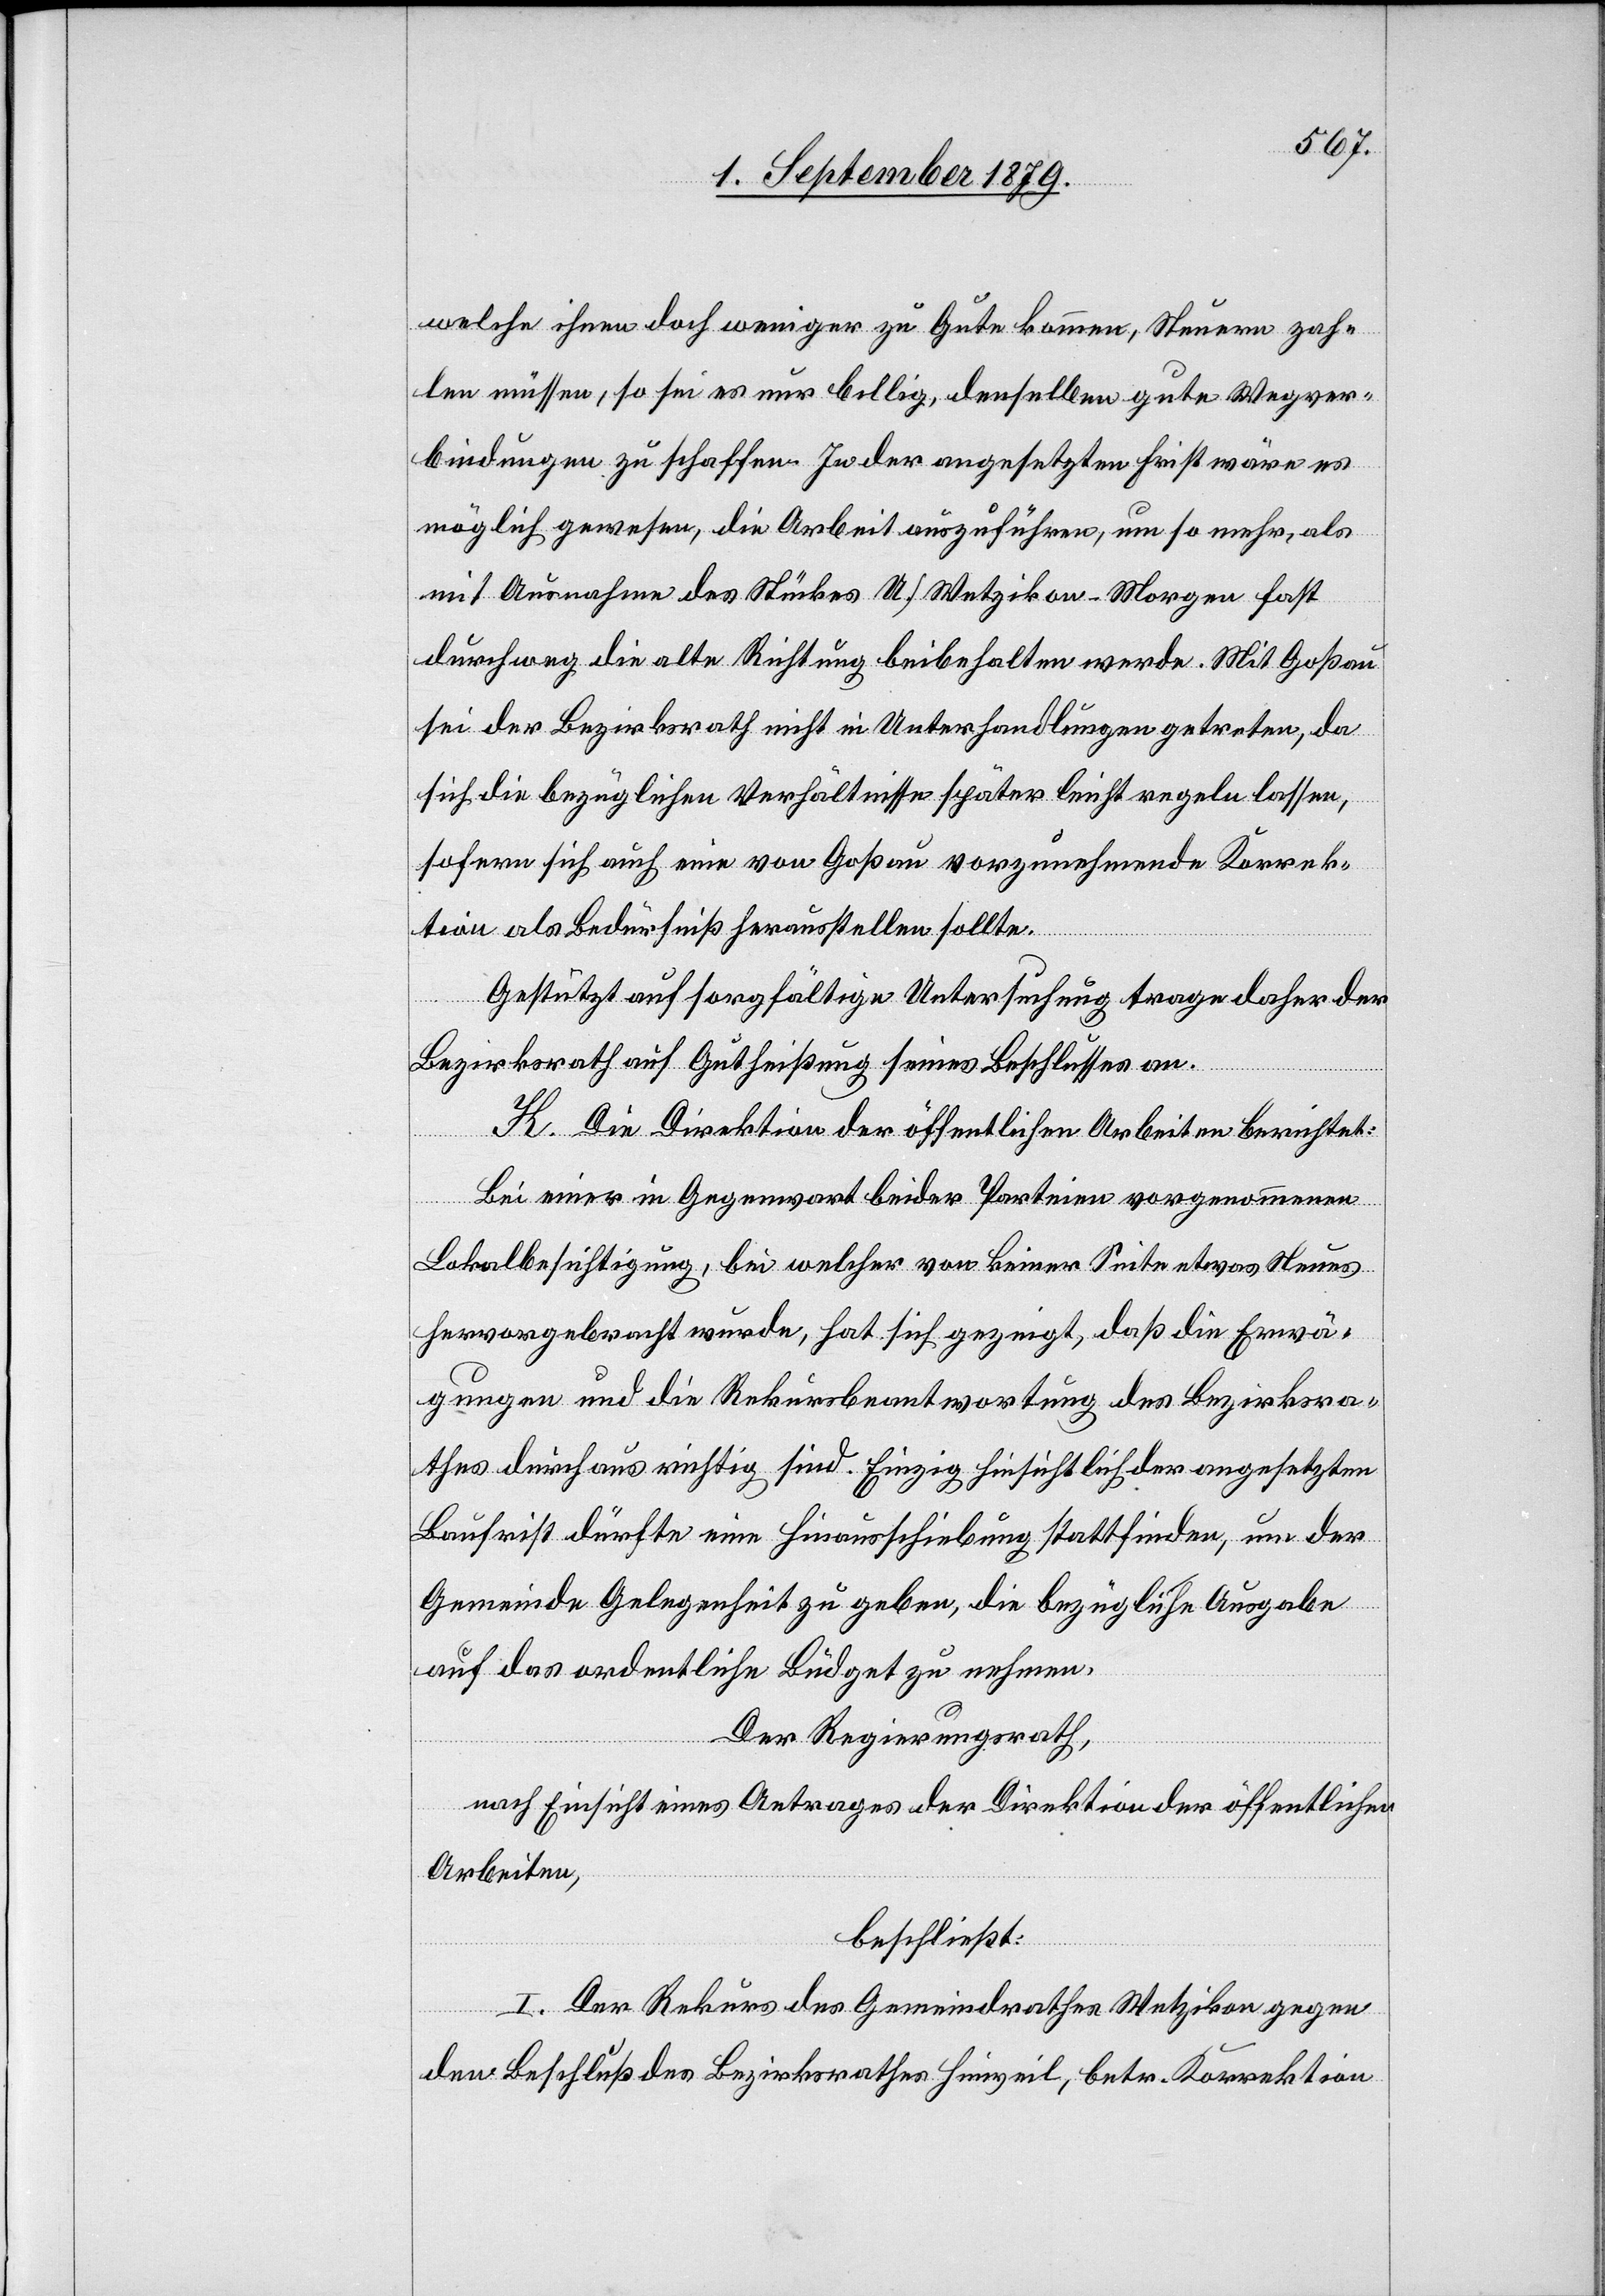
welche ihnen doch weniger zu Gute kommen, Steuern zah¬
len müssen, so sei es nur billig, denselben gute Wegver¬
bindungen zu schaffen. In der angesetzten Frist wäre es
möglich gewesen, die Arbeit auszuführen, um so mehr, als
mit Ausnahme des Stückes U./Wetzikon–Morgen fast
durchweg die alte Richtung beibehalten werde. Mit Goßau
sei der Bezirksrath nicht in Unterhandlungen getreten, da
sich die bezüglichen Verhältnisse später leicht regeln lassen,
sofern sich auch eine von Goßau vorzunehmende Korrek¬
tion als Bedürfniß herausstellen sollte.
Gestützt auf sorgfältige Untersuchung trage daher der
Bezirksrath auf Gutheißung seines Beschlusses an.
K. Die Direktion der öffentlichen Arbeiten berichtet:
Bei einer in Gegenwart beider Parteien vorgenommenen
Lokalbesichtigung, bei welcher von keiner Seite etwas Neues
hervorgebracht wurde, hat sich gezeigt, daß die Erwä¬
gungen und die Rekursbeantwortung des Bezirksra¬
thes durchaus richtig sind. Einzig hinsichtlich der angesetzten
Baufrist dürfte eine Hinausschiebung stattfinden, um der
Gemeinde Gelegenheit zu geben, die bezügliche Ausgabe
auf das ordentliche Büdget zu nehmen.
Der Regierungsrath,
nach Einsicht eines Antrages der Direktion der öffentlichen
Arbeiten,
beschließt:
I. Der Rekurs des Gemeindrathes Wetzikon gegen
den Beschluß des Bezirksrathes Hinweil, betr. Korrektion